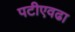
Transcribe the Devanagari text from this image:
पटीएवढा